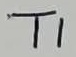
Text: T1